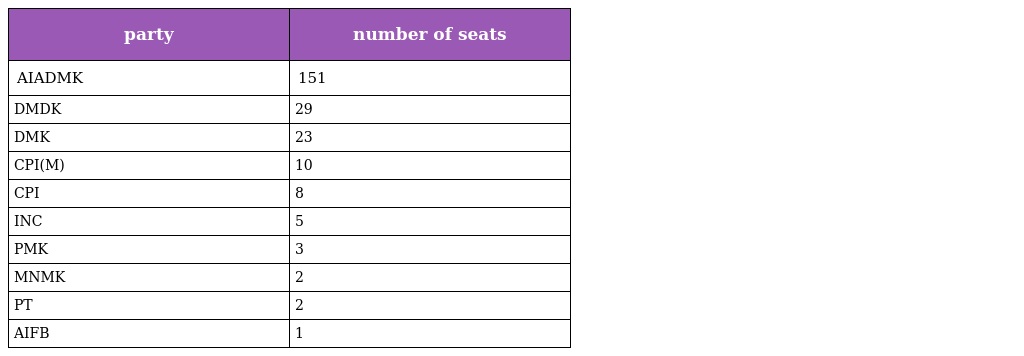
| party | number of seats |
 | --- | --- |
 | AIADMK | 151 |
 | DMDK | 29 |
 | DMK | 23 |
 | CPI(M) | 10 |
 | CPI | 8 |
 | INC | 5 |
 | PMK | 3 |
 | MNMK | 2 |
 | PT | 2 |
 | AIFB | 1 |